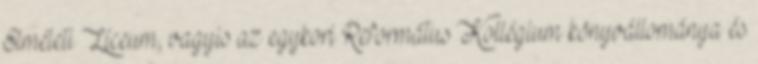
Elméleti Líceum, vagyis az egykori Református Kollégium könyvállománya és